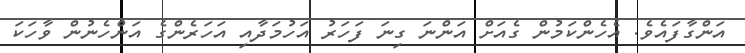
އަންގާފައެވެ. އެހެންކަމުން ގެއަށް އަންނަ ގިނަ ފަހަރު އަހުމަދާއި އަހަރެންގެ އަންހެނުން ވާހަކަ